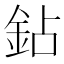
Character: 鉆